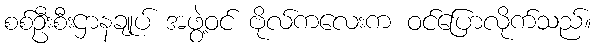
စစ်ဦးစီးဌာနချုပ် အဖွဲ့ဝင် ဗိုလ်ကလေးက ဝင်ပြောလိုက်သည်။